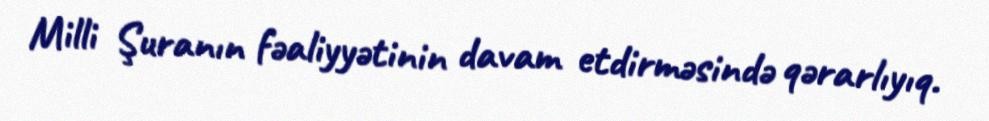
Milli Şuranın fəaliyyətinin davam etdirməsində qərarlıyıq.